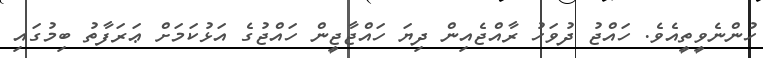
ހުންނެވީތީއެވެ. ހައްޖު ދުވަހު ރާއްޖެއިން ދިޔަ ހައްޖާޖީން ހައްޖުގެ އަޅުކަމަށް ޢަރަފާތު ބިމުގައި